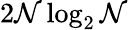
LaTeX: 2\mathcal{N}\log_{2}\mathcal{N}